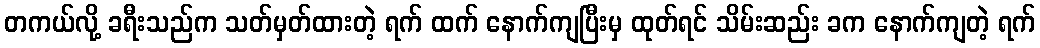
တကယ်လို့ ခရီးသည်က သတ်မှတ်ထားတဲ့ ရက် ထက် နောက်ကျပြီးမှ ထုတ်ရင် သိမ်းဆည်း ခက နောက်ကျတဲ့ ရက်